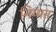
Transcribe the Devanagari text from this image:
निय्यत